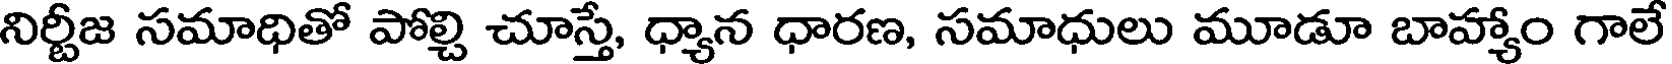
నిర్టీజ సమాధితో పోల్చి చూస్తే, ధ్యాన ధారణ, సమాధులు మూడూ బాహ్యాం గాలే